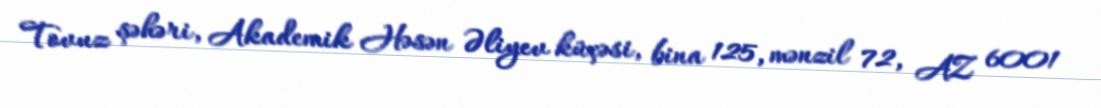
Tovuz şəhəri, Akademik Həsən Əliyev küçəsi, bina 125, mənzil 72, AZ 6001